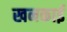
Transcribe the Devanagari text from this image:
खनकाई